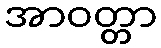
အာဝတ္တာ